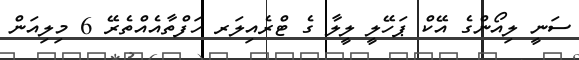
ސަނީ ލިއޯންގެ އޭކް ޕަހޭލީ ލީލާ ގެ ޓްރެއިލަރ ހަފްތާއެއްތެރޭ 6 މިލިއަން